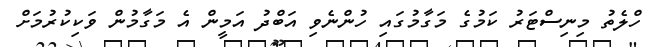
ހްލެތު މިނިސްޓަރު ކަމުގެ މަގާމުގައި ހުންނެވި އަބްދު އަމީން އެ މަގާމުން ވަކިކުރުމަށް